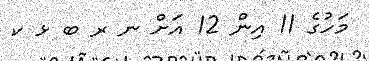
މަހުގެ 11 އިން 12 އަށް ނ ރ ބ ޅ ކ